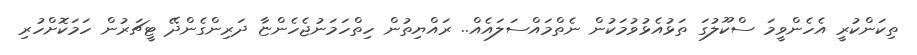
ތިކަންކުރީ އެހެންވީމަ ސްކޫލުގަ ތަޅުއެޅުވުމަކުން ނެތްމައްސަލައެއް.. ރައްޔިތުން ހިތްހަމަނުޖެހެންޏާ ދަރިންގެންދޭ ޓީޗަރުން ހަމަކޮށްހުރި